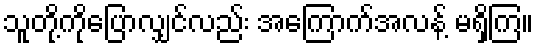
သူတို့ကိုပြောလျှင်လည်း အကြောက်အလန့် မရှိကြ။